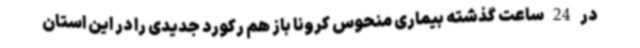
در 24 ساعت گذشته بیماری منحوس کرونا باز هم رکورد جدیدی را در این استان